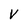
Character: V